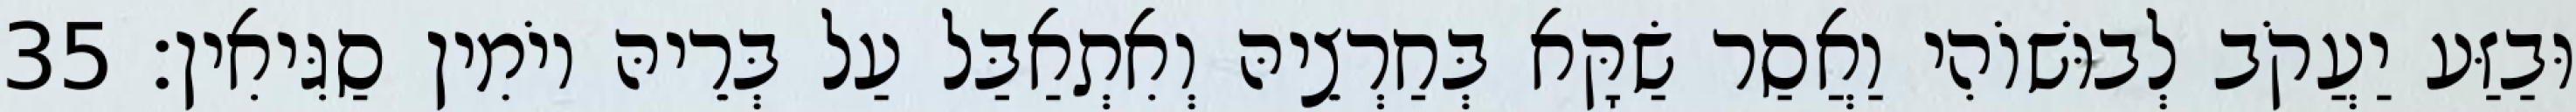
וּבַזַּע יַעֲקֹב לְבוּשׁוֹהִי וַאֲסַר שַׂקָּא בְּחַרְצֵיהּ וְאִתְאַבַּל עַל בְּרֵיהּ יוֹמִין סַגִּיאִין׃ 35